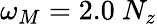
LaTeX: \omega_{M}=2.0~N_{z}